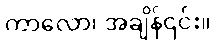
ကာလော၊ အချိန်၎င်း။